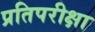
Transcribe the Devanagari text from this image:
प्रतिपरीक्षा